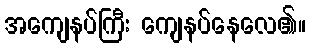
အကျေနပ်ကြီး ကျေနပ်နေလေ၏။